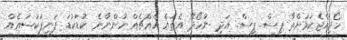
ހޯދިއްޖެކަމަށްތާ ޕިސް. ޕިސް. އަދި ނުހޯދޭ އެތައް އެއްޗެއް ހުންނާނެ. ކުޑަކުޑަ ފަނިފަކުސައެއް